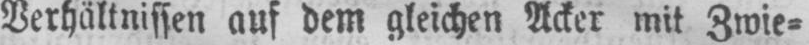
Verhältnissen auf dem gleichen Acker mit Zwie⸗